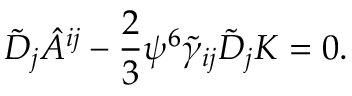
\tilde { D } _ { j } \hat { A } ^ { i j } - \frac { 2 } { 3 } \psi ^ { 6 } \tilde { \gamma } _ { i j } \tilde { D } _ { j } K = 0 .